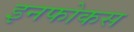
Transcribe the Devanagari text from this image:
इनफोकस